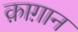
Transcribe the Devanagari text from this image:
क़ाग़ान